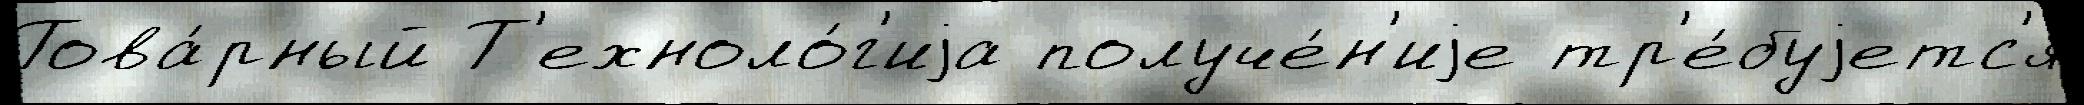
Това́рный Т'ехноло́г'иjа получе́н'иjе тр'е́буjетс'я